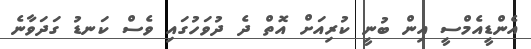
އެންޑީއެމްސީ އިން ބުނީ ކުރިއަށް އޮތް ދެ ދުވަހުގައި ވެސް ކަނޑު ގަދަވާނެ